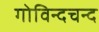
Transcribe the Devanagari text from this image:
गोविन्दचन्द